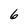
Character: 6